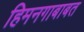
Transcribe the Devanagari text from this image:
हिमनगाबाबत